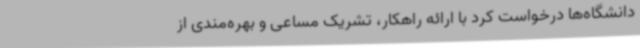
دانشگاه‌ها درخواست کرد با ارائه راهکار، تشریک مساعی و بهره‌مندی از